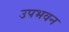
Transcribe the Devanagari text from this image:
उपभवन